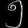
Digit: ၅